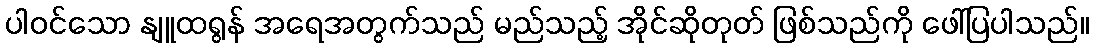
ပါဝင်သော နျူထရွန် အရေအတွက်သည် မည်သည့် အိုင်ဆိုတုတ် ဖြစ်သည်ကို ဖေါ်ပြပါသည်။